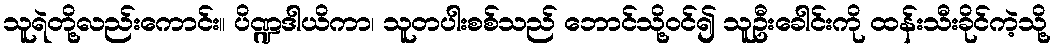
သူရဲတို့လည်းကောင်း။ ပိဏ္ဍဒါယိကာ၊ သူတပါးစစ်သည် ဘောင်သို့ဝင်၍ သူဦးခေါင်းကို ထန်းသီးခိုင်ကဲ့သို့